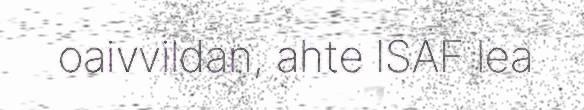
oaivvildan, ahte ISAF lea